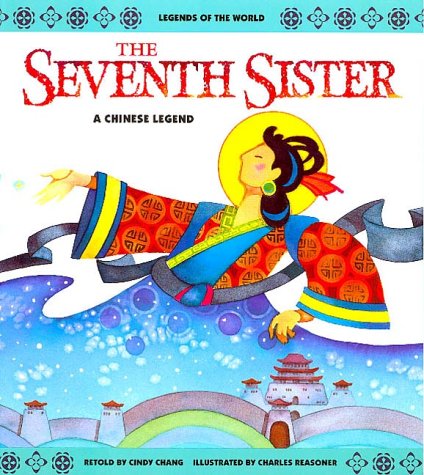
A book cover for The Seventh Sister: A Chinese Legend (Legends of the World); Cindy Chang; Children's Books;